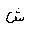
Letter: _shin